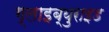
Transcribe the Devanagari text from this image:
ग्लाइब्युराइड